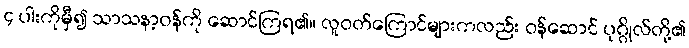
၄ ပါးကိုမှီ၍ သာသနာ့ဝန်ကို ဆောင်ကြရ၏။ လူဝတ်ကြောင်များကလည်း ဝန်ဆောင် ပုဂ္ဂိုလ်တို့၏